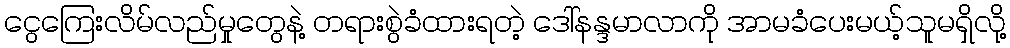
ငွေကြေးလိမ်လည်မှုတွေနဲ့ တရားစွဲခံထားရတဲ့ ဒေါ်နန္ဒမာလာကို အာမခံပေးမယ့်သူမရှိလို့